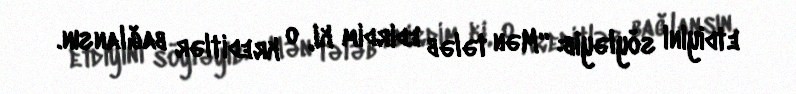
etdiyini söyləyib: “Mən tələb edirdim ki, o kreditlər bağlansın.